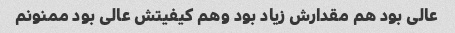
عالی بود هم مقدارش زیاد بود وهم کیفیتش عالی بود ممنونم